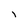
Character: I